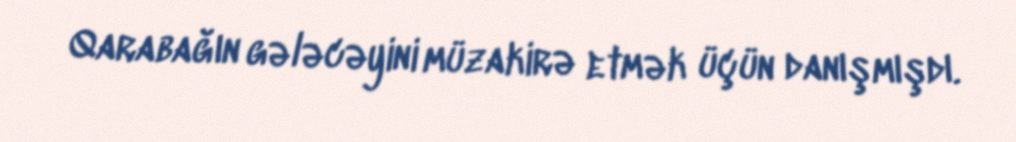
Qarabağın gələcəyini müzakirə etmək üçün danışmışdı.